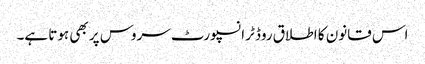
اس قانون کا اطلاق روڈ ٹرانسپورٹ سروس پر بھی ہوتا ہے۔